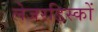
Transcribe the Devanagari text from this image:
लेजरडिस्कों